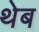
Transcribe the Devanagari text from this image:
थेब